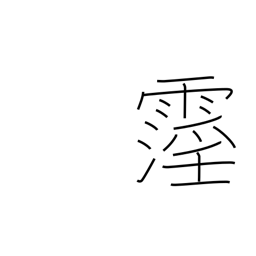
Meaning: rain lasting at least ten days